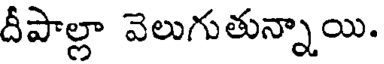
దీపాల్లా వెలుగుతున్నాయి.